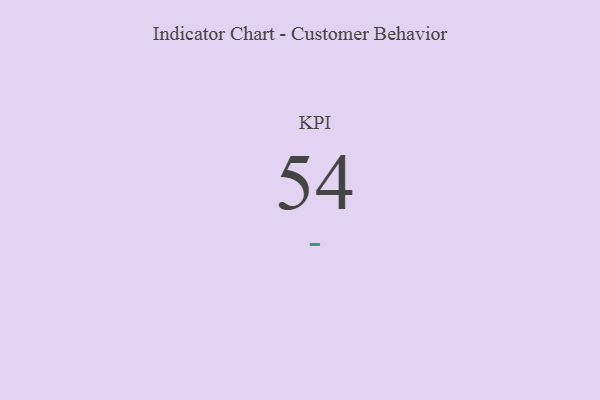
{"axis": {"x": "KPI", "y": "Value"}, "legend": [""], "data": [{"x": "KPI", "y": 54, "type": ""}]}